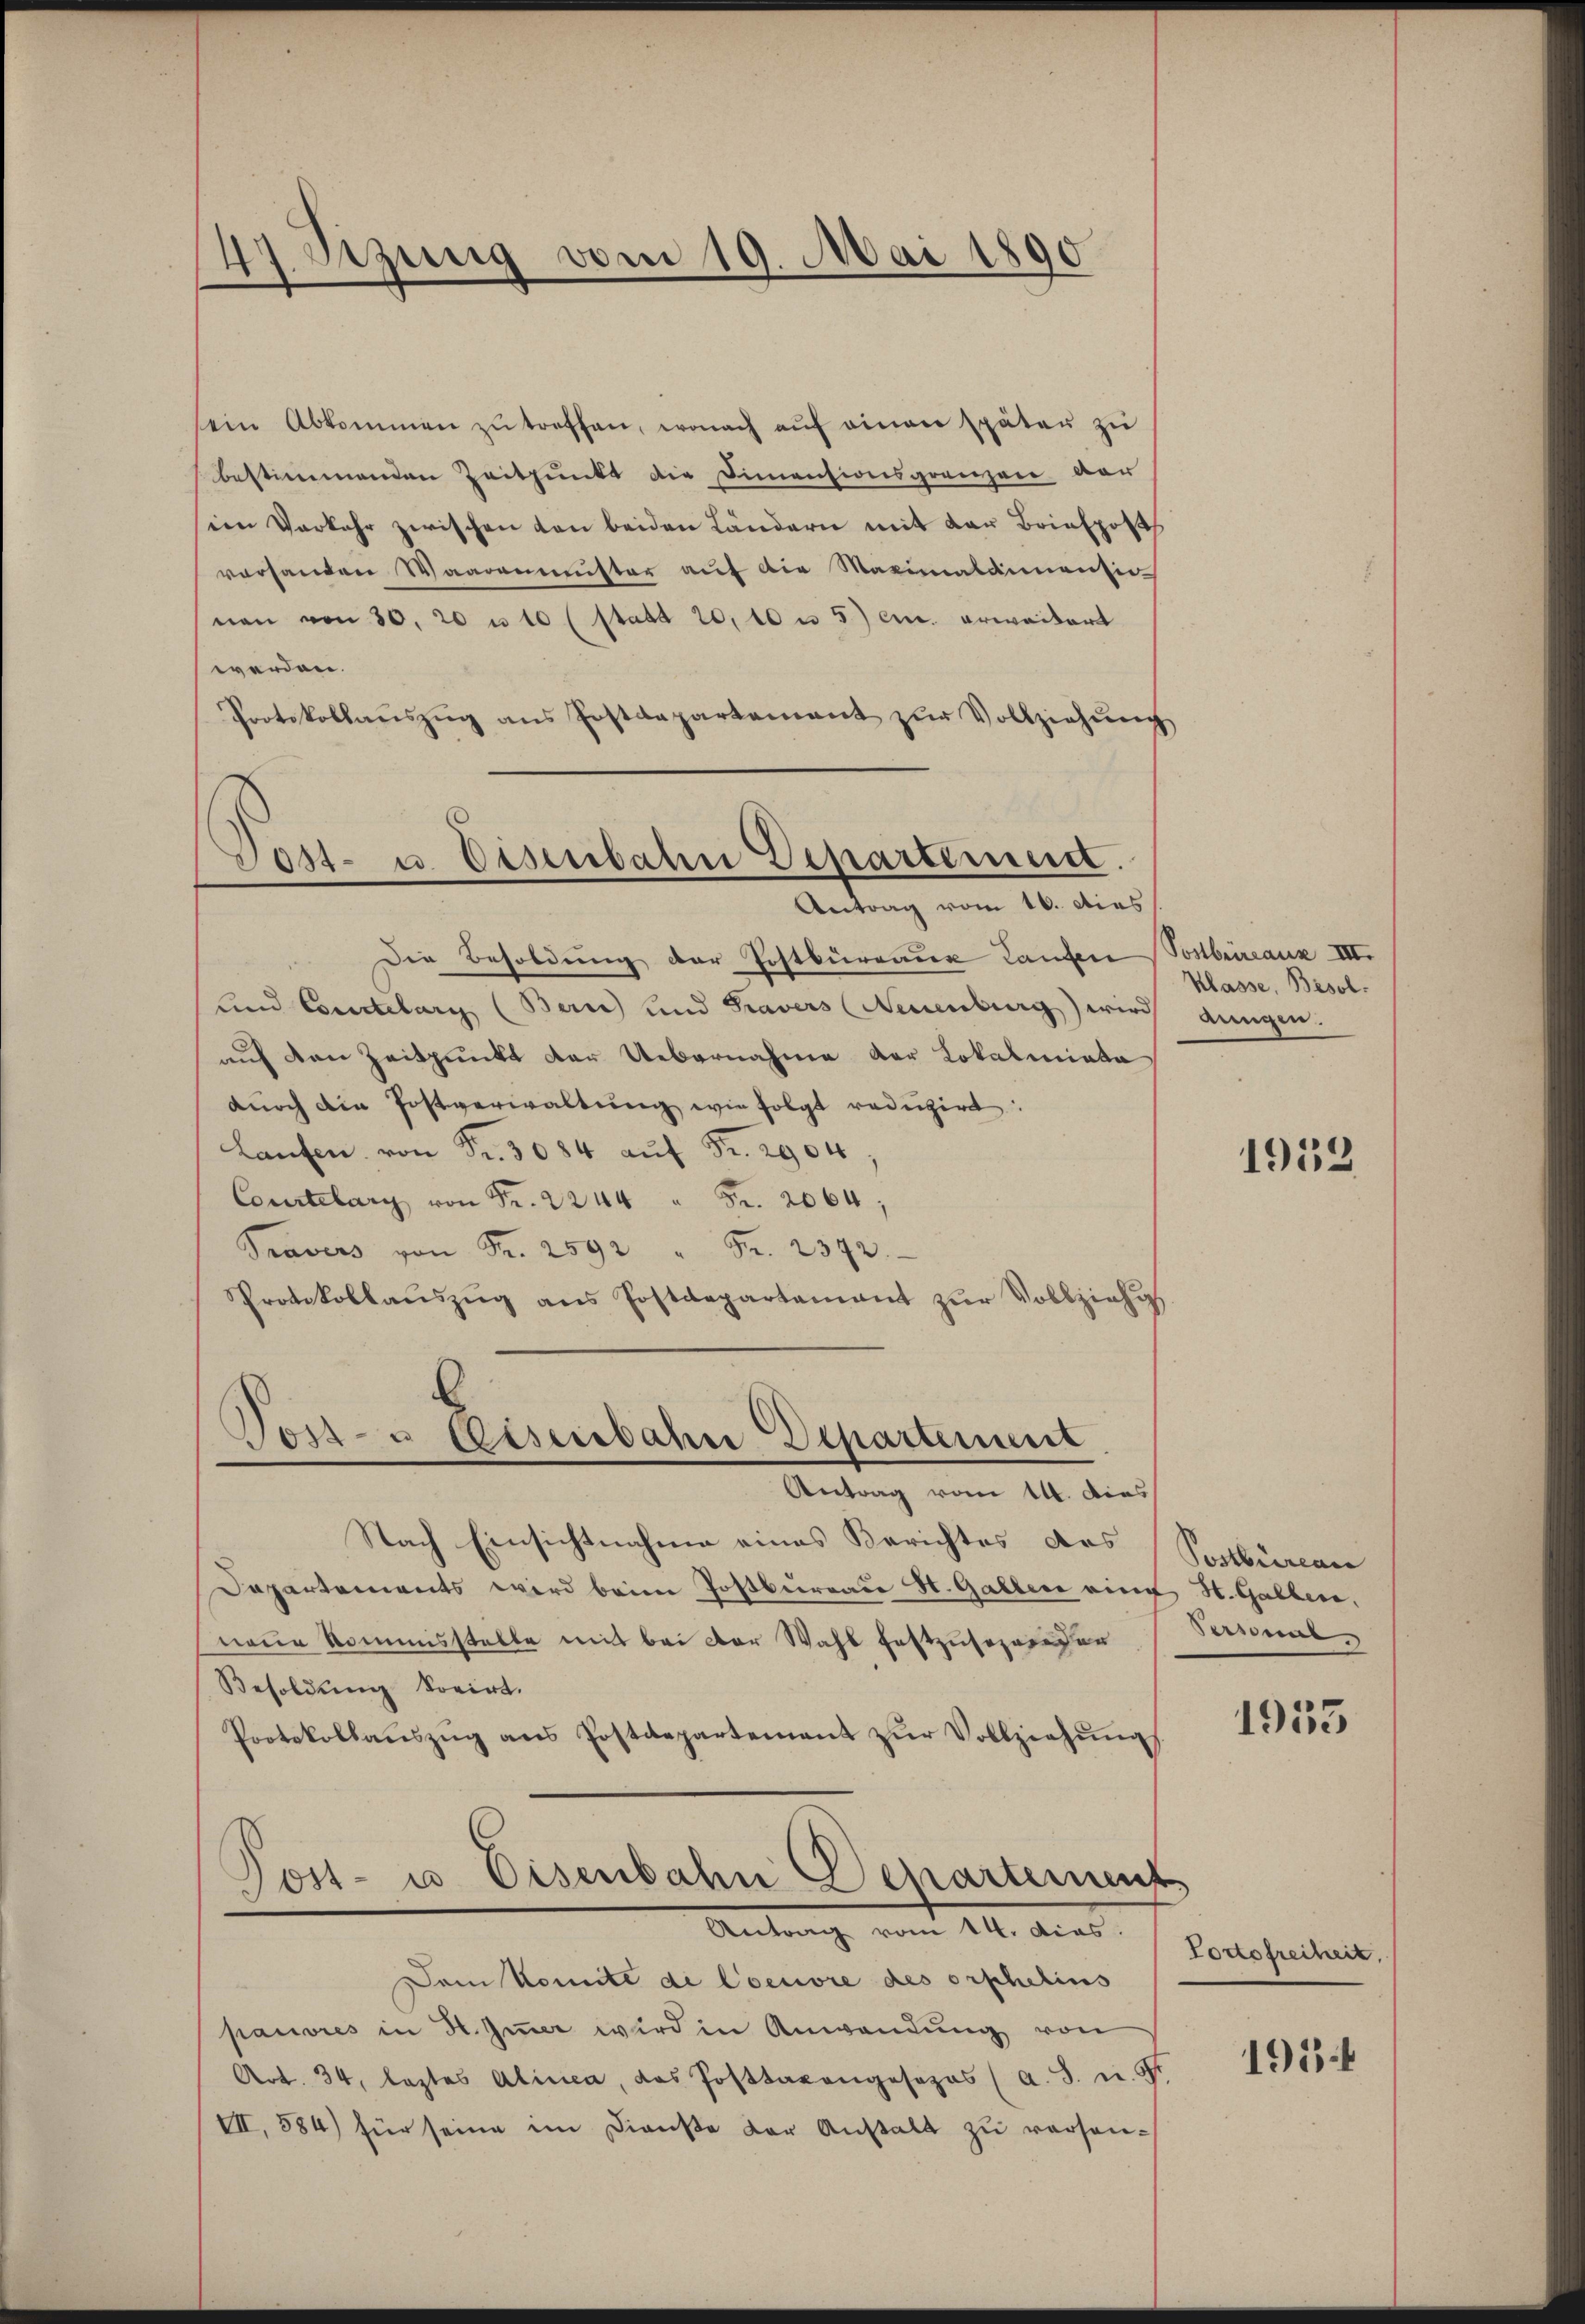
47. Sitzung vom 19. Mai 1890

ein Abkommen zŭ treffen, wonach aŭf einem später zu
bestimmenden Zeitpunkt die Dimensionsgrenzen vor
im Verkehr zwischen von beiden Ländern mit der Briefpost
vorhanden Waarenmuster auf die Maximalammensio
non von 30. 20 u. 10 (statt 20, 10 u 5) ein. erweitert
werden.
Protokollauszug aus Postdepartement zur Vollziehung
Post- u. Eisenbahn Departemen.

Antrag vom 16. dies

Die Besoldung der Postbüreaux Laufen Postbureaux III.
Land Comitelary (Berne und Travers (Neuenburg) wird dungen.
auf den Zeitpunkt der Uebernahme der Lokaleniata
durch die Postverwaltung wie folgt reduzirt
Laŭfen, von Fr. 3084 auf Fr. 2904,
Courtelary von Fr. 2244 " Fr. 2064;
Pravers von Fr. 2592 Fr. 2372.
Protokollauszug aus Postdepartement zur Vollziehu

Post- u Weisenbahn Departement
Antrag vom 14. dies

Nach Einsichtnahme eines Berichtes das
Departements wird beim Postburrade St. Gallen eine H. Galben,
neue kommisstelle mit bei der Wahl festzusozereden
Besoldung korirt.
Protokollaŭszŭg ans Postdepartement zŭr Vollziehŭng

Post- u. Eisenbahn Departeiner
Antrag vom 11. dies

Dem Komite di Coeuvre des orphelins
pauvres in H. Immer wird in Anwendung von
Art. 34, leztes Alinea, das Posttaxangesezes (a. S. u. St
VII, 584) für seine im Dienste der Anstalt zu versen¬

Klasse, Besol

1932

Postbüreau
Personni

1955

der
Portofreiheit,

195